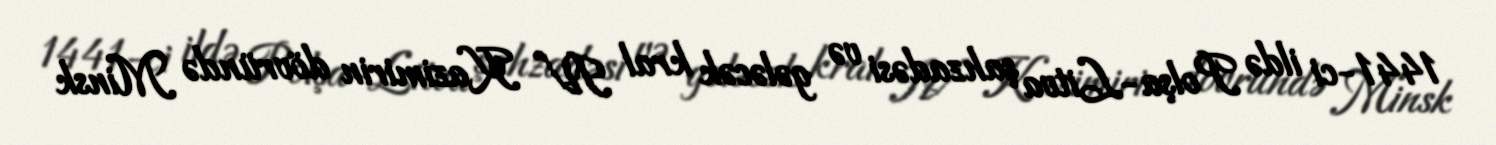
1441-ci ildə Polşa-Litva şahzadəsi və gələcək kral IV Kazimirin dövründə Minsk